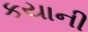
કયાની